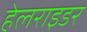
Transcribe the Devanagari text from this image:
हेलराइडर